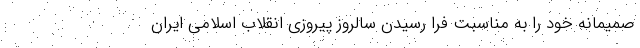
صمیمانه خود را به مناسبت فرا رسیدن سالروز پیروزی انقلاب اسلامی ایران